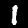
Label: 1